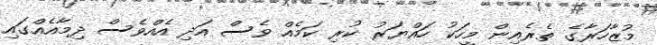
މުޒާހަރާގެ ތެރެއިން މީހަކު ހައްޔަރު ކުރި ކަމެއް ވެސް އަދި އެއްވެސް ދިމާއެއްގައި